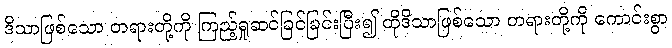
ဒိသာဖြစ်သော တရားတို့ကို ကြည့်ရှုဆင်ခြင်ခြင်းပြီး၍ ထိုဒိသာဖြစ်သော တရားတို့ကို ကောင်းစွာ